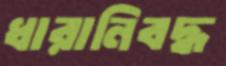
ধারানিবদ্ধ